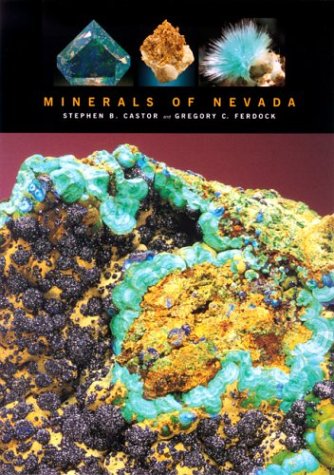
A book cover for Minerals Of Nevada; Stephen B. Castor; Sports & Outdoors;